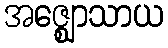
အဇ္ဈောသာယ